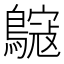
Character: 䳹